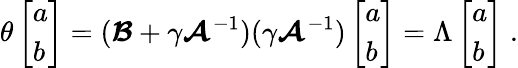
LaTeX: \theta\left[\begin{array}{l}{a}\\ {b}\end{array}\right]=(\boldsymbol{\mathcal{B}}+\gamma\boldsymbol{\mathcal{A}}^{-1})(\gamma\boldsymbol{\mathcal{A}}^{-1})\left[\begin{array}{l}{a}\\ {b}\end{array}\right]=\Lambda\left[\begin{array}{l}{a}\\ {b}\end{array}\right]\; .